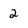
Character: 2